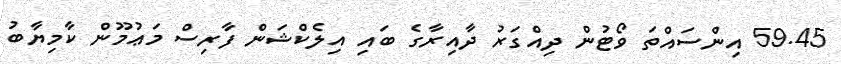
59.45 އިންސައްތަ ވޯޓުން ދިއްގަރު ދާއިރާގެ ބައި އިލެކްޝަން ފާރިސް މަޢުމޫން ކާމިޔާބު